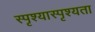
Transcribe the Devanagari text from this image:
स्पृश्यास्पृश्यता